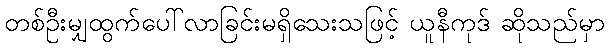
တစ်ဦးမျှထွက်ပေါ်လာခြင်းမရှိသေးသဖြင့် ယူနီကုဒ် ဆိုသည်မှာ